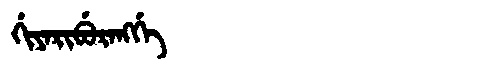
Manchu: ᡤᡳᠶᠠᡵᡳᠪᡠᡵᠠᠩᡤᡝ
Romanization: GIYARIBURANGGE